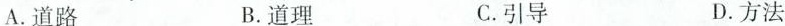
A.道路 B.道理 C.引导 D.方法